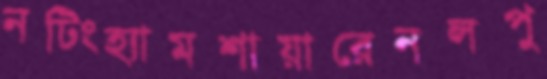
নটিংহ্যামশায়ারেনলপু